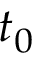
t _ { 0 }